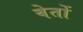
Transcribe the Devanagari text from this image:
वेतों